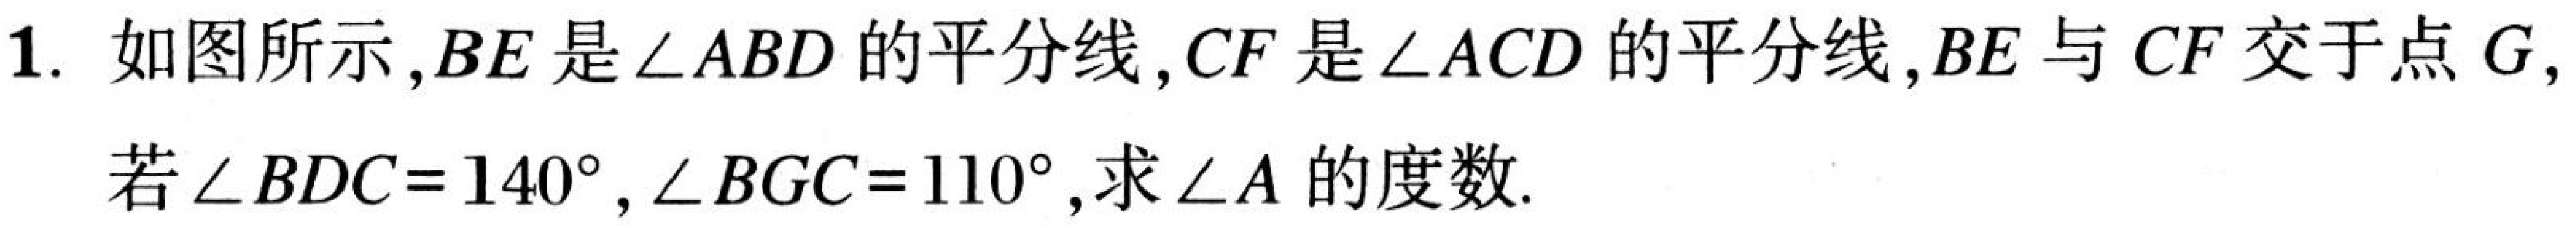
1. 如图所示,\(BE\)是\(\angle ABD\)的平分线,\(CF\)是\(\angle ACD\)的平分线,\(BE\)与\(CF\)交于点\(G\),
若\(\angle BDC = 140^{\circ}\),\(\angle BGC = 110^{\circ}\),求\(\angle A\)的度数.